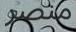
منصر